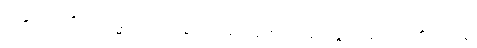
ကန္ဒတိ၊ ငို၏။ သမ္မောဟံ၊ ပြင်းစွာတွေဝေခြင်းသို့။ အာပဇ္ဇတိ၊ ရောက်၏။ ဝါ ပန၊